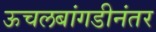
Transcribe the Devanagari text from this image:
ऊचलबांगडीनंतर